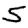
Digit: 5